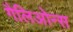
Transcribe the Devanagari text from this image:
गैलिओन्स